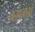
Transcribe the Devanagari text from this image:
वसमअ